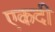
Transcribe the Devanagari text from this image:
एकदी